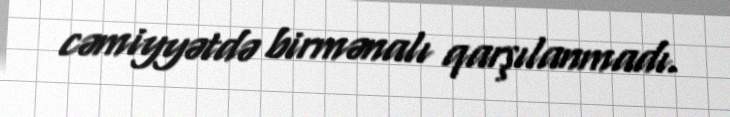
cəmiyyətdə birmənalı qarşılanmadı.